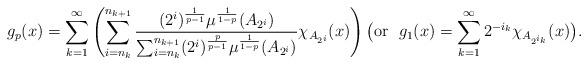
LaTeX: \begin{align*} g_p(x)=\sum_{k=1}^\infty \left (\sum_{i=n_{k}}^{{n_{k+1}}}\frac{(2^i)^{\frac{1}{p-1}}\mu^{\frac{1}{1-p}}(A_{2^i})}{\sum_{i=n_k}^{n_{k+1}} (2^i)^{\frac{p}{p-1}}\mu^{\frac{1}{1-p}}(A_{2^i}) } \chi_{A_{2^i}}(x)\right ) \big({\rm or\ \ }g_1(x)=\sum_{k=1}^\infty 2^{-i_k}\chi_{A_{2^{i_k}}}(x)\big).\end{align*}